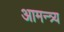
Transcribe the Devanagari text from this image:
आमन्त्र्य